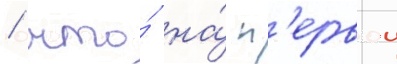
/ что́ на́ п'ервои